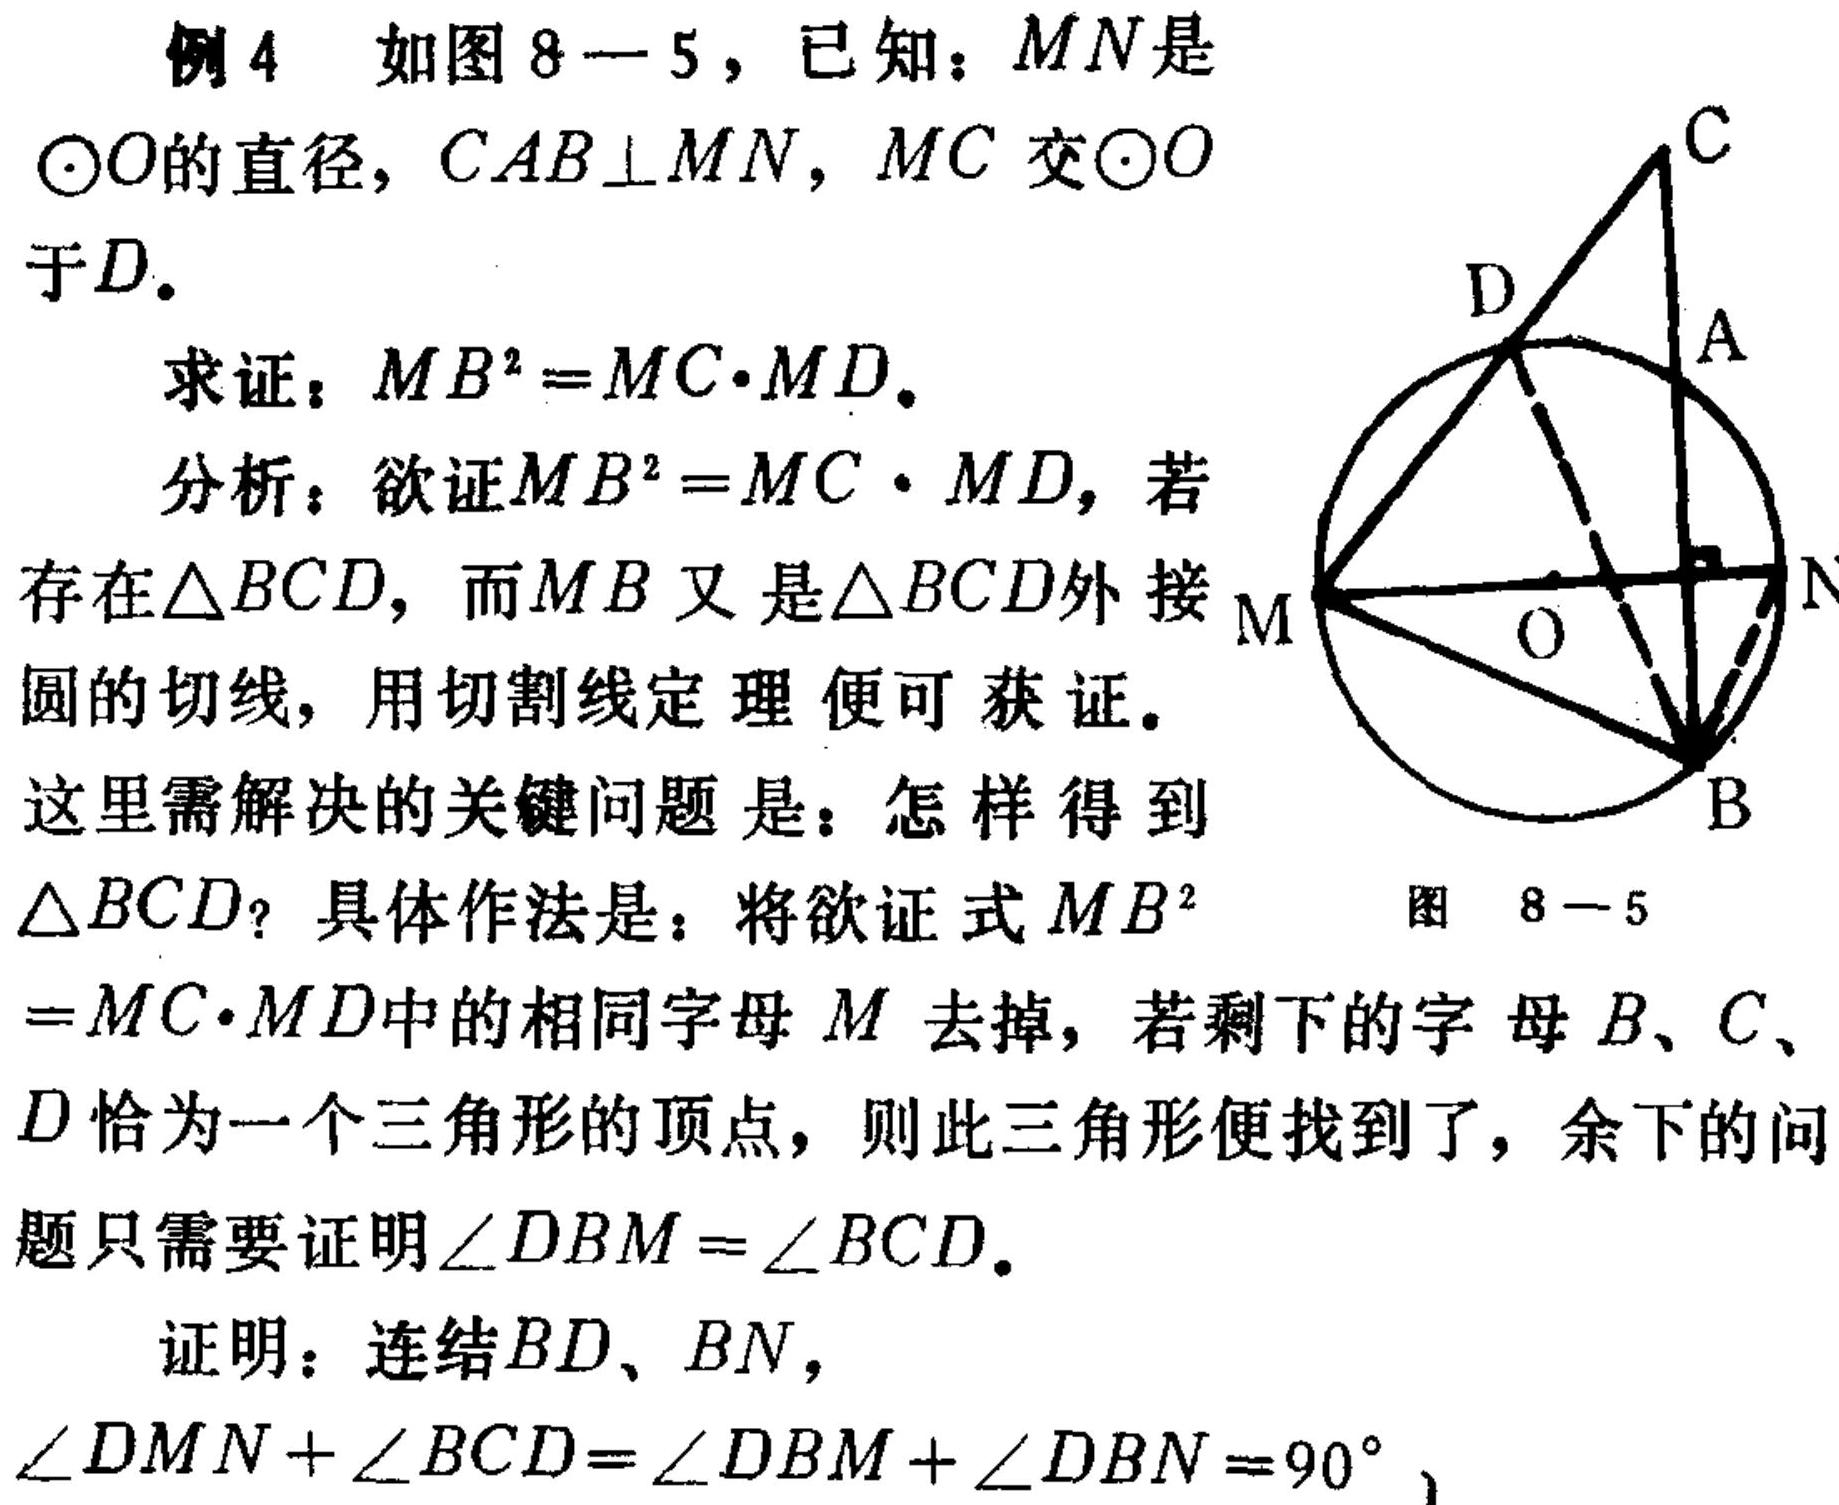
例4 如图8—5，已知：\(MN\)是\(\odot O\)的直径，\(CAB\perp MN\)，\(MC\)交\(\odot O\)于\(D\).
求证：\(MB^{2}=MC\cdot MD\).
分析：欲证\(MB^{2}=MC\cdot MD\)，若存在\(\triangle BCD\)，而\(MB\)又是\(\triangle BCD\)外接圆的切线，用切割线定理便可获证。这里需解决的关键问题是：怎样得到\(\triangle BCD\)？具体作法是：将欲证式\(MB^{2}=MC\cdot MD\)中的相同字母\(M\)去掉，若剩下的字母\(B、C、D\)恰为一个三角形的顶点，则此三角形便找到了，余下的问题只需要证明\(\angle DBM = \angle BCD\).
证明：连结\(BD、BN\)，\(\angle DMN+\angle BCD=\angle DBM+\angle DBN = 90^{\circ}\)